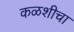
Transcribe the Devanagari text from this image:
कळशीचा